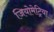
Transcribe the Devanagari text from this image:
जियोमेट्रिया